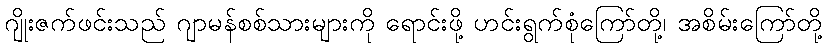
ဂျိုးဇက်ဖင်းသည် ဂျာမန်စစ်သားများကို ရောင်းဖို့ ဟင်းရွက်စုံကြော်တို့၊ အစိမ်းကြော်တို့